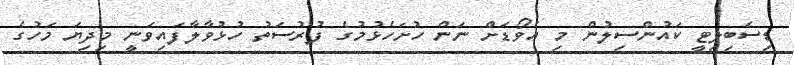
ޑިސެބިލިޓީ ކައުންސިލުން މި އެވޯޑަށް ނަން ހުށަހެޅުމުގެ ފުރުސަތު ހުޅުވާލާފައިވަނީ މިދިޔަ މަހުގެ